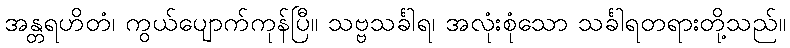
အန္တရဟိတံ၊ ကွယ်ပျောက်ကုန်ပြီ။ သဗ္ဗသင်္ခါရ၊ အလုံးစုံသော သင်္ခါရတရားတို့သည်။